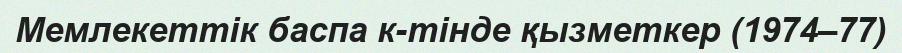
Мемлекеттік баспа к-тінде қызметкер (1974–77)